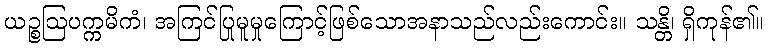
ယဉ္စဩပက္ကမိကံ၊ အကြင်ပြုမူမှုကြောင့်ဖြစ်သောအနာသည်လည်းကောင်း။ သန္တိ၊ ရှိကုန်၏။